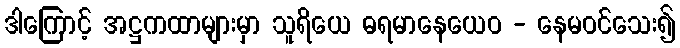
ဒါကြောင့် အဋ္ဌကထာများမှာ သူရိယေ ဓရမာနေယေဝ - နေမဝင်သေး၍